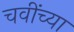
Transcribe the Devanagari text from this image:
चवींच्या